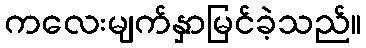
ကလေးမျက်နှာမြင်ခဲ့သည်။